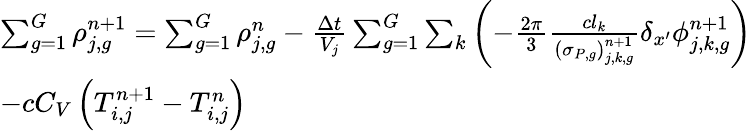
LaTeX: \begin{array}{l}{{\sum_{g=1}^{G}\rho_{j,g}^{n\mathrm{+1}}=\sum_{g=1}^{G}\rho_{j,g}^{n}-\frac{\Delta t}{V_{j}}\sum_{g=1}^{G}\sum_{k}\left(-\frac{2\pi}{3}\frac{cl_{k}}{\left(\sigma_{P,g}\right)_{j,k,g}^{n+1}}\delta_{x^{\prime}}\phi_{j,k,g}^{n+1}\right)}}\\ {{-cC_{V}\left(T_{i,j}^{n+1}-T_{i,j}^{n}\right)}}\end{array}